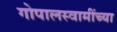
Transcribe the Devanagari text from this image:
गोपालस्वामींच्या